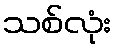
သစ်လုံး